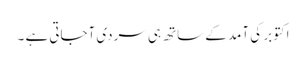
اکتوبر کی آمد کے ساتھ ہی سردی آجاتی ہے ۔